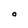
Character: 0